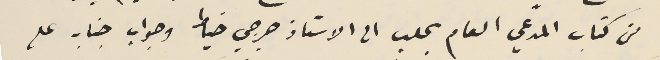
من كتاب المدعي العام بحلب الى الاستاذ جرجي خياط وجواب جنابه على